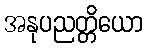
အနုပညတ္တိယော